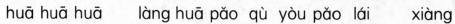
huā huā huā làng huā pǎo qù yòu pǎo lái xiàng